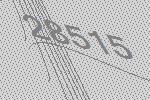
28515